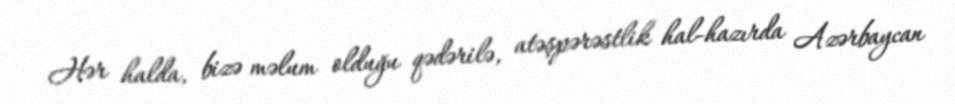
Hər halda, bizə məlum olduğu qədərilə, atəşpərəstlik hal-hazırda Azərbaycan